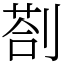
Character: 剳